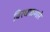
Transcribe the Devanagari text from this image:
विरधळणारे